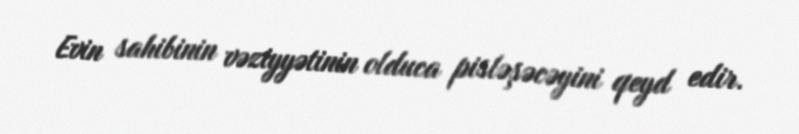
Evin sahibinin vəziyyətinin olduca pisləşəcəyini qeyd edir.